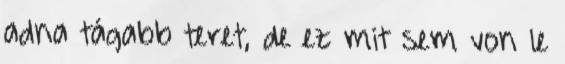
adna tágabb teret, de ez mit sem von le